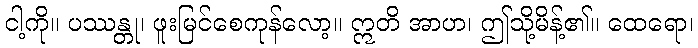
ငါ့ကို။ ပဿန္တု၊ ဖူးမြင်စေကုန်လော့။ ဣတိ အာဟ၊ ဤသို့မိန့်၏။ ထေရော၊